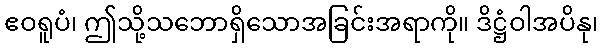
ဧဝရူပံ၊ ဤသို့သဘောရှိသောအခြင်းအရာကို။ ဒိဋ္ဌံဝါအပိနု၊